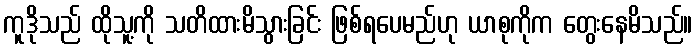
ကူဒိုသည် ထိုသူ့ကို သတိထားမိသွားခြင်း ဖြစ်ရပေမည်ဟု ယာစုကိုက တွေးနေမိသည်။